Indian journal of veterinary science and animal husbandry - Volume 5,
Year: 1935
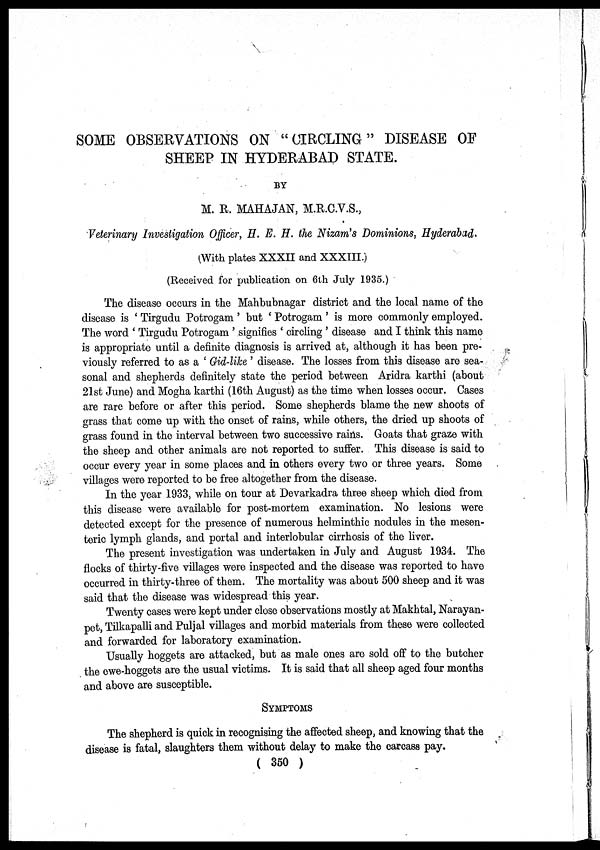
SOME OBSERVATIONS ON "CIRCLING" DISEASE OF
SHEEP IN HYDERABAD STATE.
BY
M. R. MAHAJAN, M.R.C.V.S.,
Veterinary Investigation Officer, H. E. H. the Nizam's Dominions, Hyderabad.
(With plates XXXII and XXXIII.)
(Received for publication on 6th July 1935.)
The disease occurs in the Mahbubnagar district and the local name of the
disease is ' Tirgudu Potrogam' but ' Potrogam' is more commonly employed.
The word ' Tirgudu Potrogam ' signifies ' circling ' disease and I think this name
is appropriate until a definite diagnosis is arrived at, although it has been pre-
viously referred to as a ' Gid-like ' disease. The losses from this disease are sea-
sonal and shepherds definitely state the period between Aridra karthi (about
21st June) and Mogha karthi (16th August) as the time when losses occur. Cases
are rare before or after this period. Some shepherds blame the new shoots of
grass that come up with the onset of rains, while others, the dried up shoots of
grass found in the interval between two successive rains. Goats that graze with
the sheep and other animals are not reported to suffer. This disease is said to
occur every year in some places and in others every two or three years. Some
villages were reported to be free altogether from the disease.
In the year 1933, while on tour at Devarkadra three sheep which died from
this disease were available for post-mortem examination. No lesions were
detected except for the presence of numerous helminthic nodules in the mesen-
teric lymph glands, and portal and interlobular cirrhosis of the liver.
The present investigation was undertaken in July and August 1934. The
flocks of thirty-five villages were inspected and the disease was reported to have
occurred in thirty-three of them. The mortality was about 500 sheep and it was
said that the disease was widespread this year.
Twenty cases were kept under close observations mostly at Makhtal, Narayan.
pet, Tilkapalli and Puljal villages and morbid materials from these were collected
and forwarded for laboratory examination.
Usually hoggets are attacked, but as male ones are sold off to the butcher
the ewe-hoggets are the usual victims. It is said that all sheep aged four months
and above are susceptible.
SYMPTOMS
The shepherd is quick in recognising the affected sheep, and knowing that the
disease is fatal, slaughters them without delay to make the carcass pay.
( 350 )